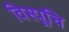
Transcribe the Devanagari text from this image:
विस्पूचि